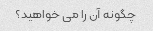
چگونه آن را می خواهید؟